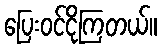
ပြေးဝင်ငိုကြတယ်။